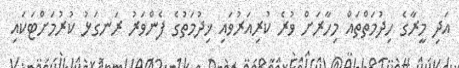
އަދި މީރާގެ ހިދުމަތްތައް މިހާރަށް ވުރެ ކުރިއަރުވައި ޚިދުމަތުގެ ފެންވަރު ރަނގަޅު ކުރުމަށްޓަކައި